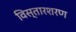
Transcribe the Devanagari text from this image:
विस्तारशरण